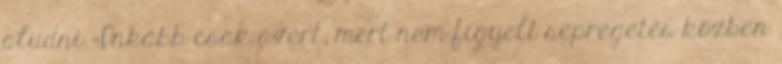
aludni. Inkább csak azért, mert nem figyelt sepregetés közben